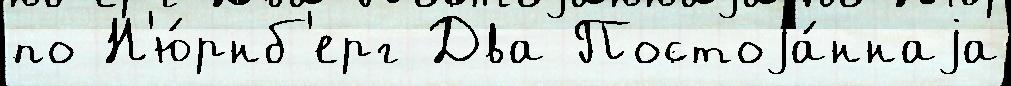
по Н'ю́рнб'ерг Два Постоjа́ннаjа